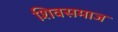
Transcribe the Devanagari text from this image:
शिवसमाज